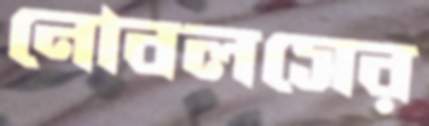
নোবলসের